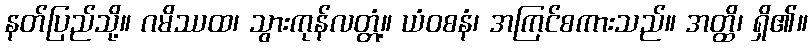
နတ်ပြည်သို့။ ဂမိဿထ၊ သွားကုန်လတ္တံ့။ ယံဝစနံ၊ အကြင်စကားသည်။ အတ္ထိ၊ ရှိ၏။